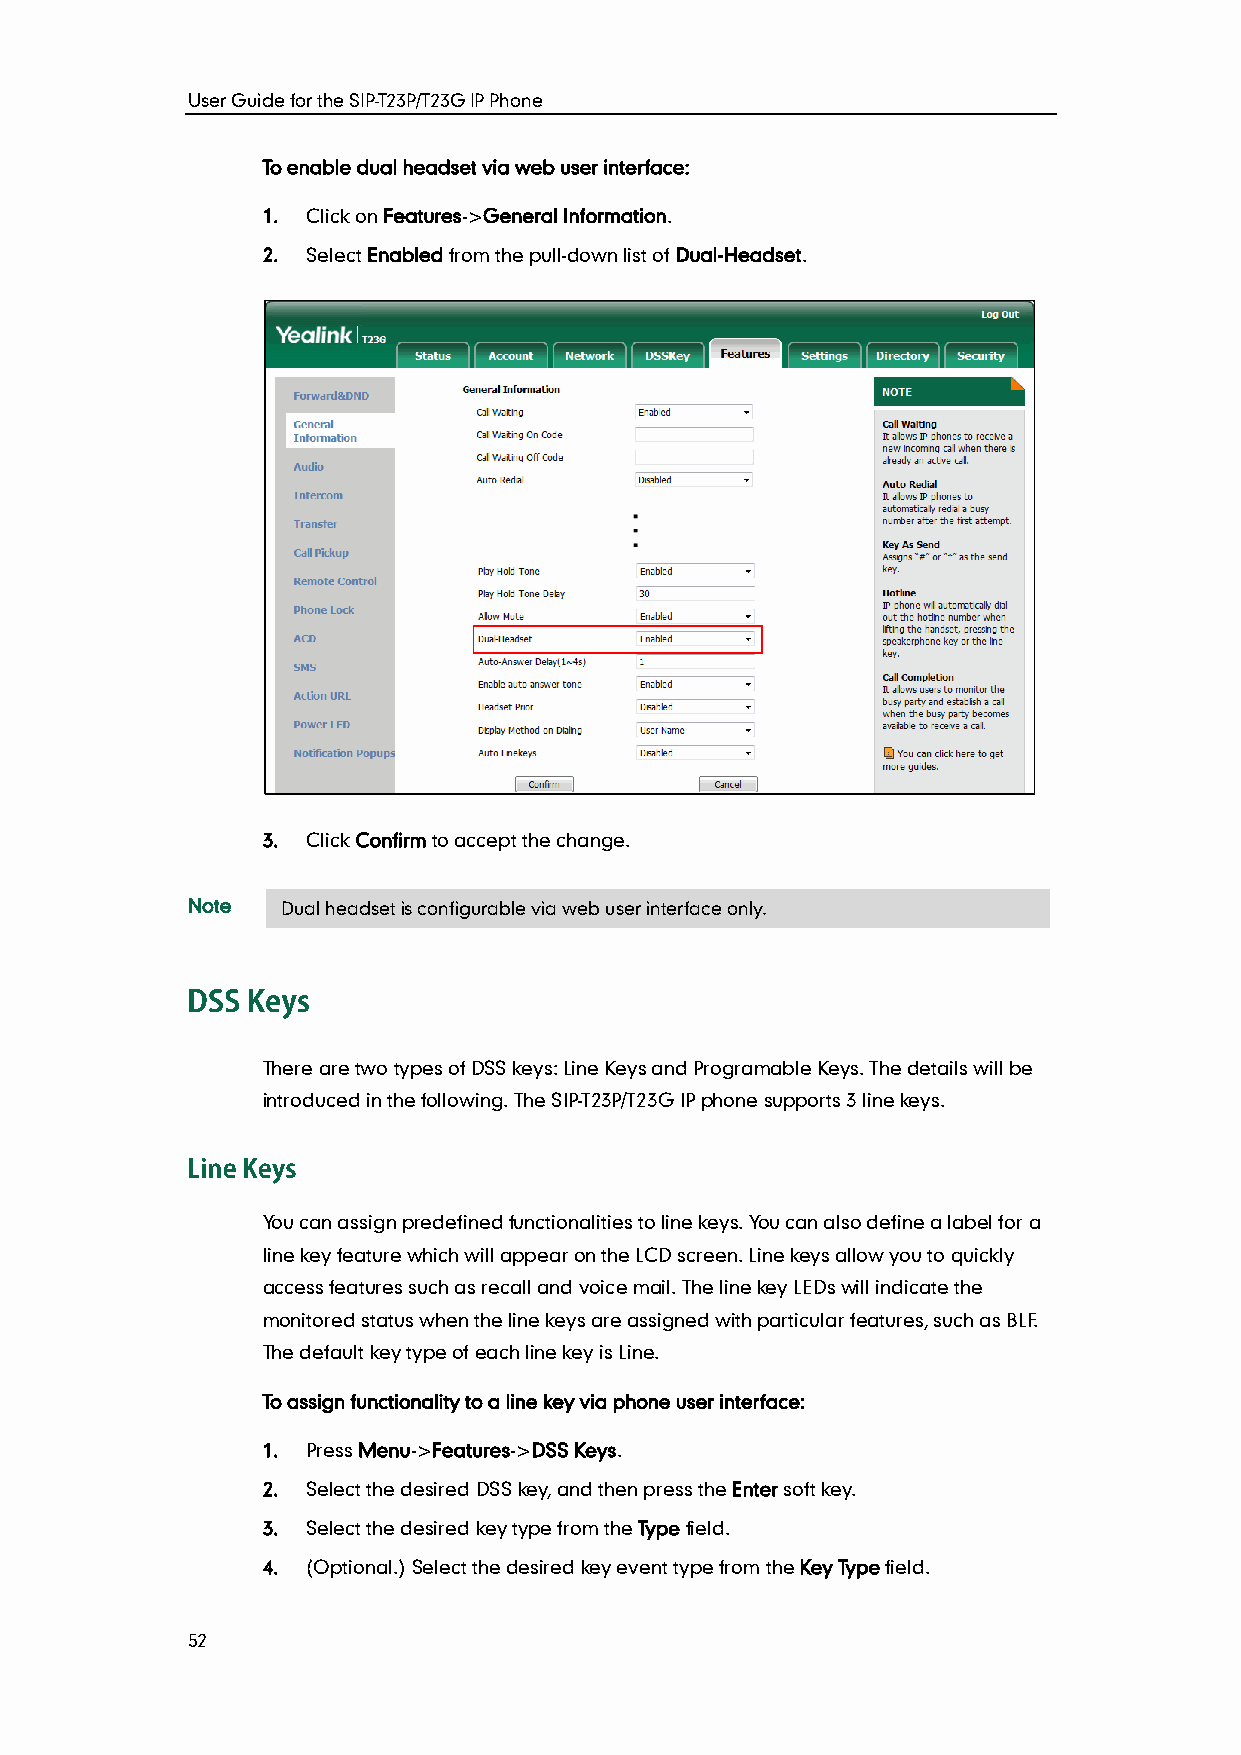
User Guide for the SIP-T23P/T23G IP Phone
 To enable dual headset via web user interface:
 1. Click on Features->General Information.
 2. Select Enabled from the pull-down list of Dual-Headset.
 3. Click Confirm to accept the change.
 Note   Dual headset is configurable via web user interface only.
 There are two types of DSS keys: Line Keys and Programable Keys. The details will be
 introduced in the following. The SIP-T23P/T23G IP phone supports 3 line keys.
 You can assign predefined functionalities to line keys. You can also define a label for a
 line key feature which will appear on the LCD screen. Line keys allow you to quickly
 access features such as recall and voice mail. The line key LEDs will indicate the
 monitored status when the line keys are assigned with particular features, such as BLF.
 The default key type of each line key is Line.
 To assign functionality to a line key via phone user interface:
 1. Press Menu->Features->DSS Keys.
 2. Select the desired DSS key, and then press the Enter soft key.
 3. Select the desired key type from the Type field.
 4. (Optional.) Select the desired key event type from the Key Type field.
 52